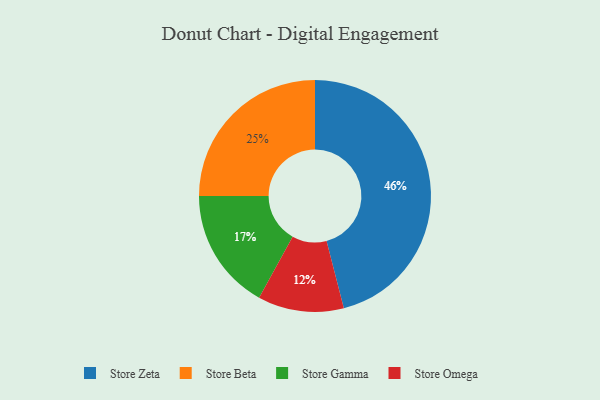
{"axis": {"x": "Category", "y": "Percentage"}, "legend": ["Store Beta", "Store Gamma", "Store Omega", "Store Zeta"], "data": [{"x": "Store Gamma", "y": 17, "type": "Store Gamma"}, {"x": "Store Zeta", "y": 46, "type": "Store Zeta"}, {"x": "Store Omega", "y": 12, "type": "Store Omega"}, {"x": "Store Beta", "y": 25, "type": "Store Beta"}]}